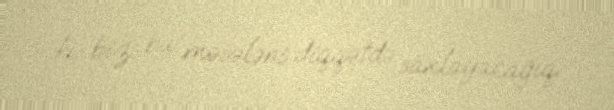
ki, biz bu məsələni diqqətdə saxlayacağıq.